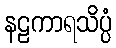
နဠကာရသိပ္ပံ